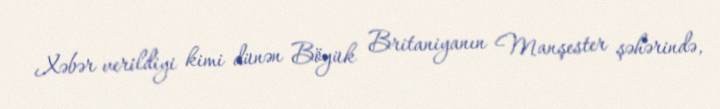
Xəbər verildiyi kimi dünən Böyük Britaniyanın Manşester şəhərində,